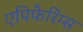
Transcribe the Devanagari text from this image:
एपिफैरिंग्स